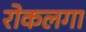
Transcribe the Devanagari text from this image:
रोकलगा